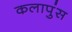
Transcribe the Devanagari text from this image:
कलापुंस